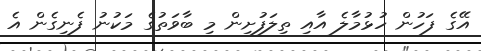
އޭގެ ފަހުން ހުޅުމާލެ އާއި ތިލަފުށިން މި ބާވަތުގެ މަކުނު ފެނިގެން އެ